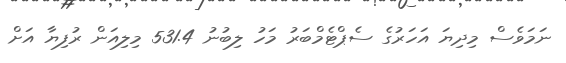
ނަމަވެސް މިދިޔަ އަހަރުގެ ސެޕްޓެމްބަރު މަހު ލިބުނު 531.4 މިލިއަން ރުފިޔާ އަށް